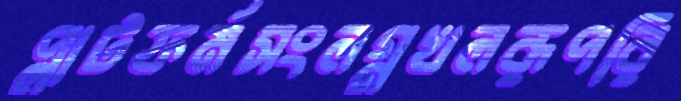
প্লাটফর্মসংলগ্নখলরূপরি